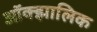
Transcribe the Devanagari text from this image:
ऑक्झालिक